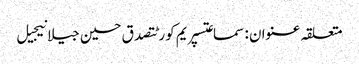
متعلقہ عنوان : سماعتسپریم کورٹتصدق حسین جیلانیجیل